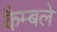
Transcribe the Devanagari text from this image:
कैम्बले